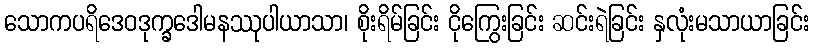
သောကပရိဒေဝဒုက္ခဒေါမနဿုပါယာသာ၊ စိုးရိမ်ခြင်း ငိုကြွေးခြင်း ဆင်းရဲခြင်း နှလုံးမသာယာခြင်း